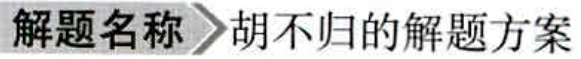
解题名称$\to$胡不归的解题方案